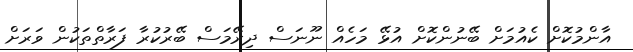
އާންމުކޮށް ކެއުމަށް ބޭނުންކޮށް އުޅޭ މަހެއް ނޫނަސް ދިރޭމަސް ބޭރުކުރާ ފަރާތްތަކުން ވަރަށް